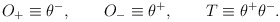
\begin{align*}O_{+}\equiv \theta ^{-},\qquad O_{-}\equiv \theta ^{+},\qquad T\equiv \theta^{+}\theta ^{-}.\end{align*}